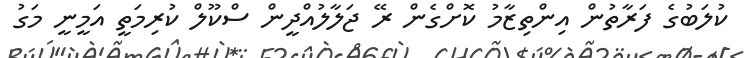
ކުލަބުގެ ފަރާތުން އިންތިޒާމު ކޮށްގެން ރޭ ޖަލާލުއްދީން ސްކޫލް ކުރިމަތީ އަމީނީ މަގު